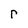
Character: r